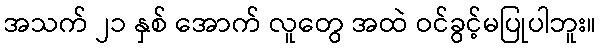
အသက် ၂၁ နှစ် အောက် လူတွေ အထဲ ဝင်ခွင့်မပြုပါဘူး။